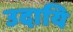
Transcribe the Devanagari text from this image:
उदायि